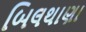
બિલથાણા